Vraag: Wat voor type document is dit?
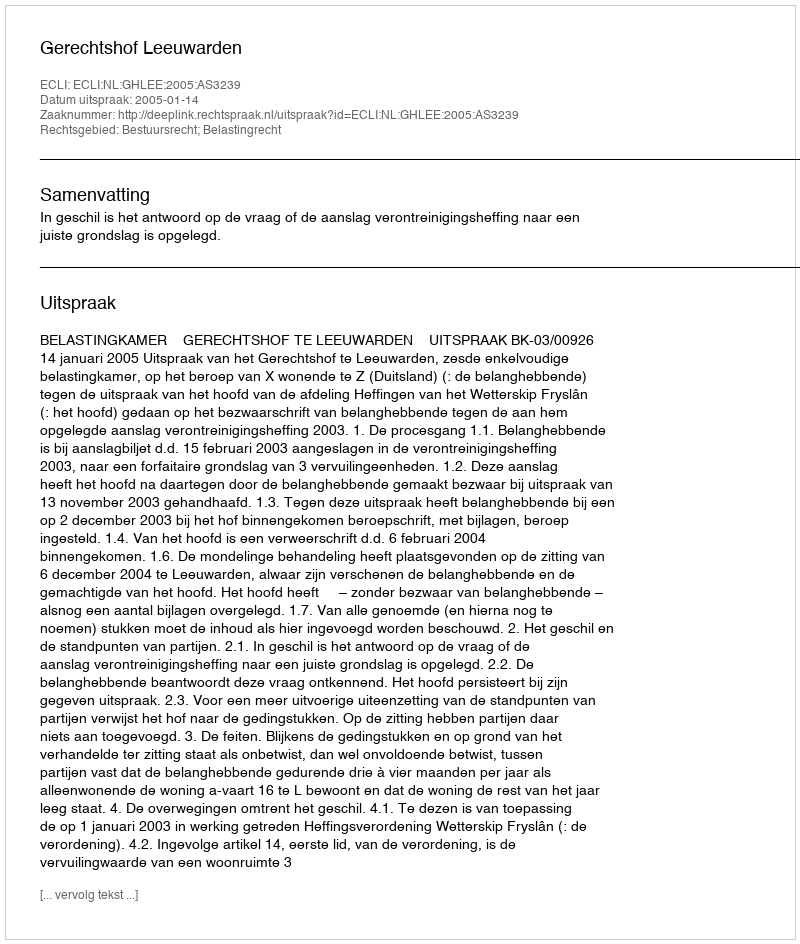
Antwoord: Uitspraak